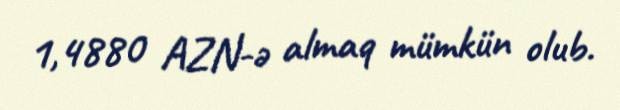
1,4880 AZN-ə almaq mümkün olub.